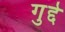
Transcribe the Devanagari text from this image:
गुद्दे